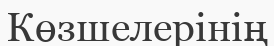
Көзшелерінің